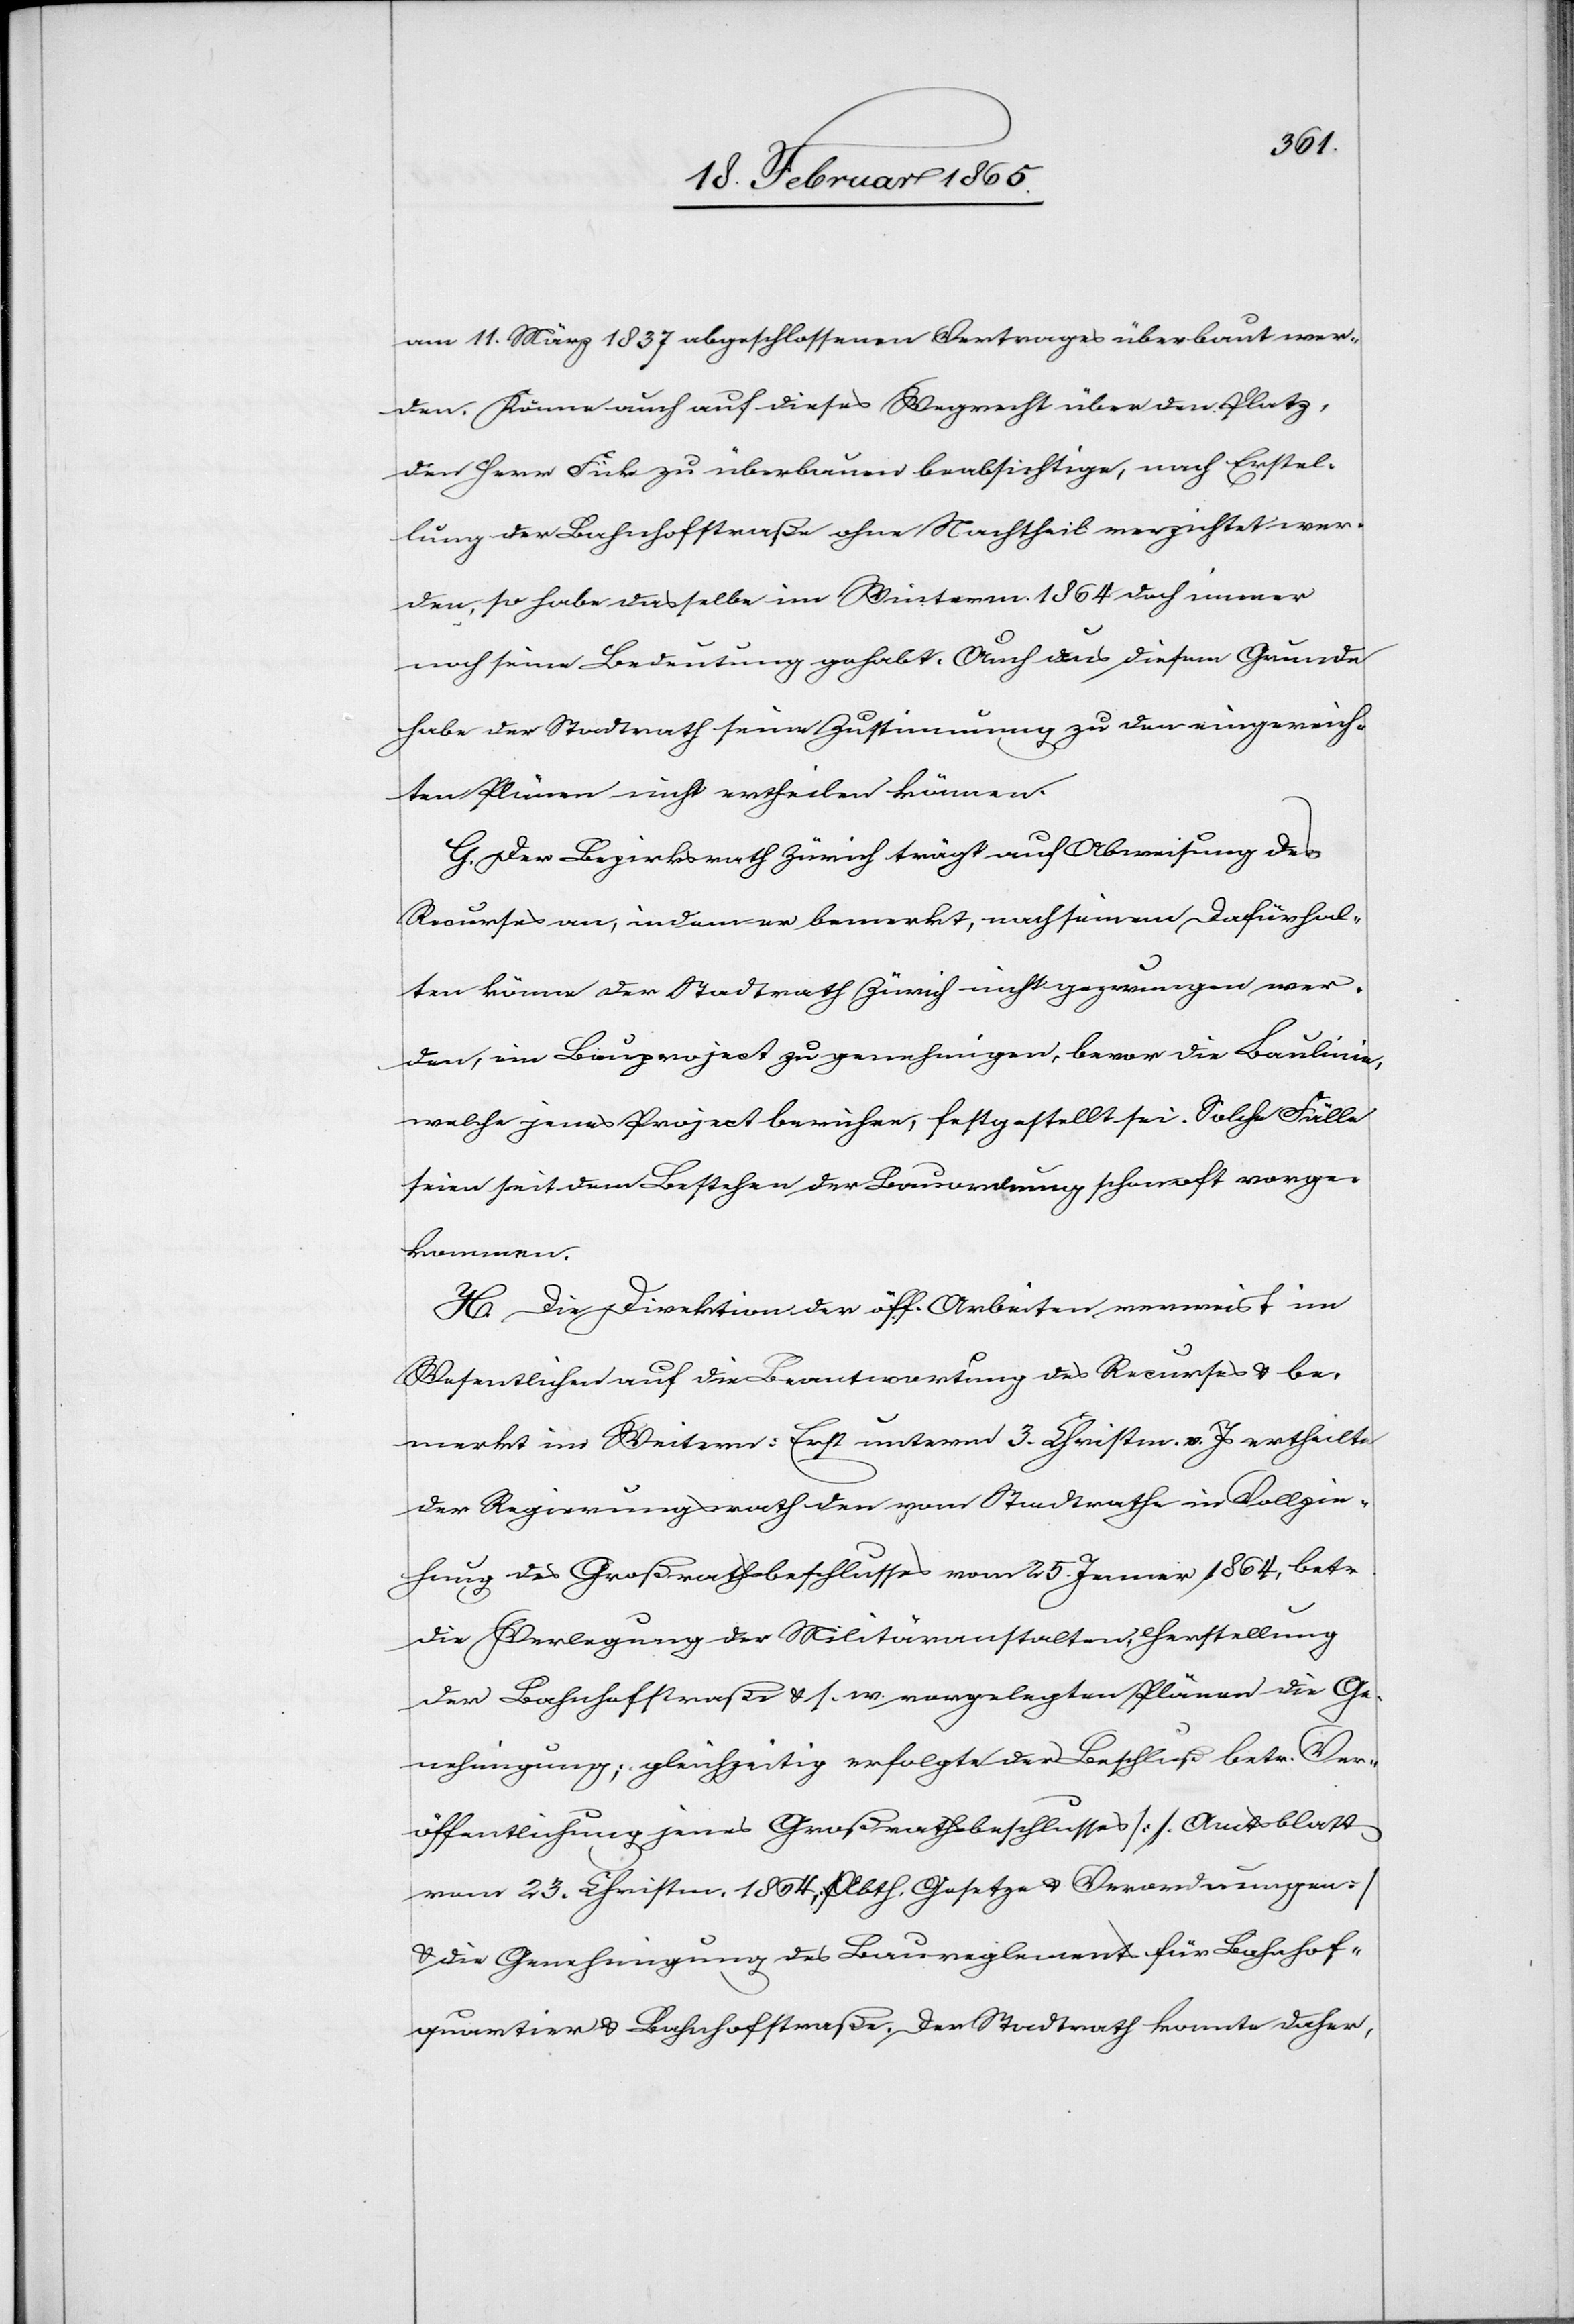
am 11. März 1837 abgeschlossenen Vertrages überbaut wer¬
den. Könne auch auf dieses Wegrecht über den Platz,
den Herr Fick zu überbauen beabsichtige, nach Erstel¬
lung der Bahnhofstraße ohne Nachtheil verzichtet wer¬
den, so habe dasselbe im Winterm. 1864 doch immer
noch seine Bedeutung gehabt. Auch aus diesem Grunde
habe der Stadtrath seine Zustimmung zu den eingereich¬
ten Plänen nicht ertheilen können.
G. Der Bezirksrath Zürich trägt auf Abweisung des
Recurses an, indem er bemerkt, nach seinem Dafürhal¬
ten könne der Stadtrath Zürich nicht gezwungen wer¬
den, ein Bauproject zu genehmigen, bevor die Baulinie,
welche jenes Project berühre, festgestellt sei. Solche Fälle
seien seit dem Bestehen der Bauordnung schon oft vorge¬
kommen.
H. Die Direktion der öff. Arbeiten verweist im
Wesentlichen auf die Beantwortung des Recurses u. be¬
merkt im Weitern: Erst unterm 3. Christm. v. Js ertheilte
der Regierungsrath den vom Stadtrathe in Vollzie¬
hung des Großrathsbeschlusses vom 25. Jenner 1864, betr.
die Verlegung der Militäranstalten, Herstellung
der Bahnhofstraße u. s. w. vorgelegten Plänen die Ge¬
nehmigung; gleichzeitig erfolgte der Beschluß betr. Ver¬
öffentlichung jenes Großrathsbeschlusses [s. Amtsblatt
vom 23. Christm. 1864, Abth. Gesetze u. Verordnungen]
u. die Genehmigung des Baureglements für Bahnhof¬
quartier u. Bahnhofstraße. Der Stadtrath konnte daher,